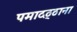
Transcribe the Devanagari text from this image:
पमादठ्ठाना